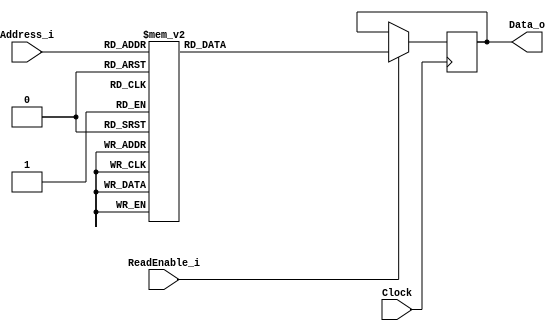
// 230703

`default_nettype none
module ROM(
	input wire Clock,
	input wire ReadEnable_i,
	input wire [3:0] Address_i,
	output reg [7:0] Data_o
);
	
	always @(posedge Clock) begin
		if(ReadEnable_i) begin
			case(Address_i)
				4'h0:		Data_o <= 8'h00;
				4'h1:		Data_o <= 8'h10;
				4'h2:		Data_o <= 8'h02;
				4'h3:		Data_o <= 8'h30;
				4'h4:		Data_o <= 8'h04;
				4'h5:		Data_o <= 8'h55;
				4'h6:		Data_o <= 8'h60;
				4'h7:		Data_o <= 8'h07;
				4'h8:		Data_o <= 8'h88;
				4'h9:		Data_o <= 8'h90;
				4'hA:		Data_o <= 8'h0A;
				4'hB:		Data_o <= 8'hB0;
				4'hC:		Data_o <= 8'hCC;
				4'hD:		Data_o <= 8'h0D;
				4'hE:		Data_o <= 8'hE0;
				4'hF:		Data_o <= 8'hFF;
				default:	Data_o <= 8'hXX;
			endcase
		end
	end
	
endmodule
`default_nettype wire